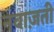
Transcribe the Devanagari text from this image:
नवाज़ती